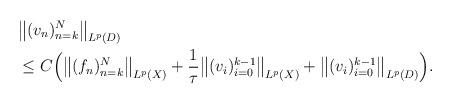
LaTeX: \begin{align*} \begin{aligned}&{} \big\|(v_n )_{n=k}^N \big\|_{ L^p(D)} \\&{}\le C\Big(\big\|(f_n)_{n=k}^N \big\|_{ L^p(X)} + \frac{1}{\tau}\big\|(v_i)_{i=0}^{k-1}\big\|_{ L^p(X)} + \big\|(v_i )_{i=0}^{k-1}\big\|_{ L^p(D)} \Big) .\end{aligned}\end{align*}